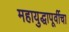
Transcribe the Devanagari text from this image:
महायुद्धापूर्वीचा